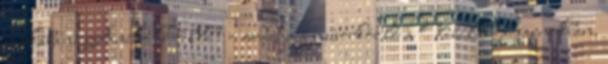
sapkában: Anikó Pelle” – ordítja a műsorközlő a Vízilabdacsarnokban.